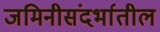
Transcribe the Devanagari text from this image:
जमिनीसंदर्भातील